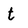
Character: t